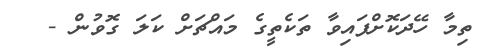
ތިމާ ހޭދަކޮށްފައިވާ ތަކެތީގެ މައްޗަށް ކަލަ ގޮވުން -